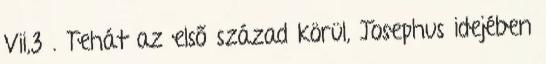
Vii,3 . Tehát az első század körül, Josephus idejében